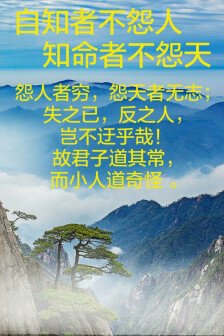
自知者不怨人，知命者不怨天怨人者穷，怨天者无志。